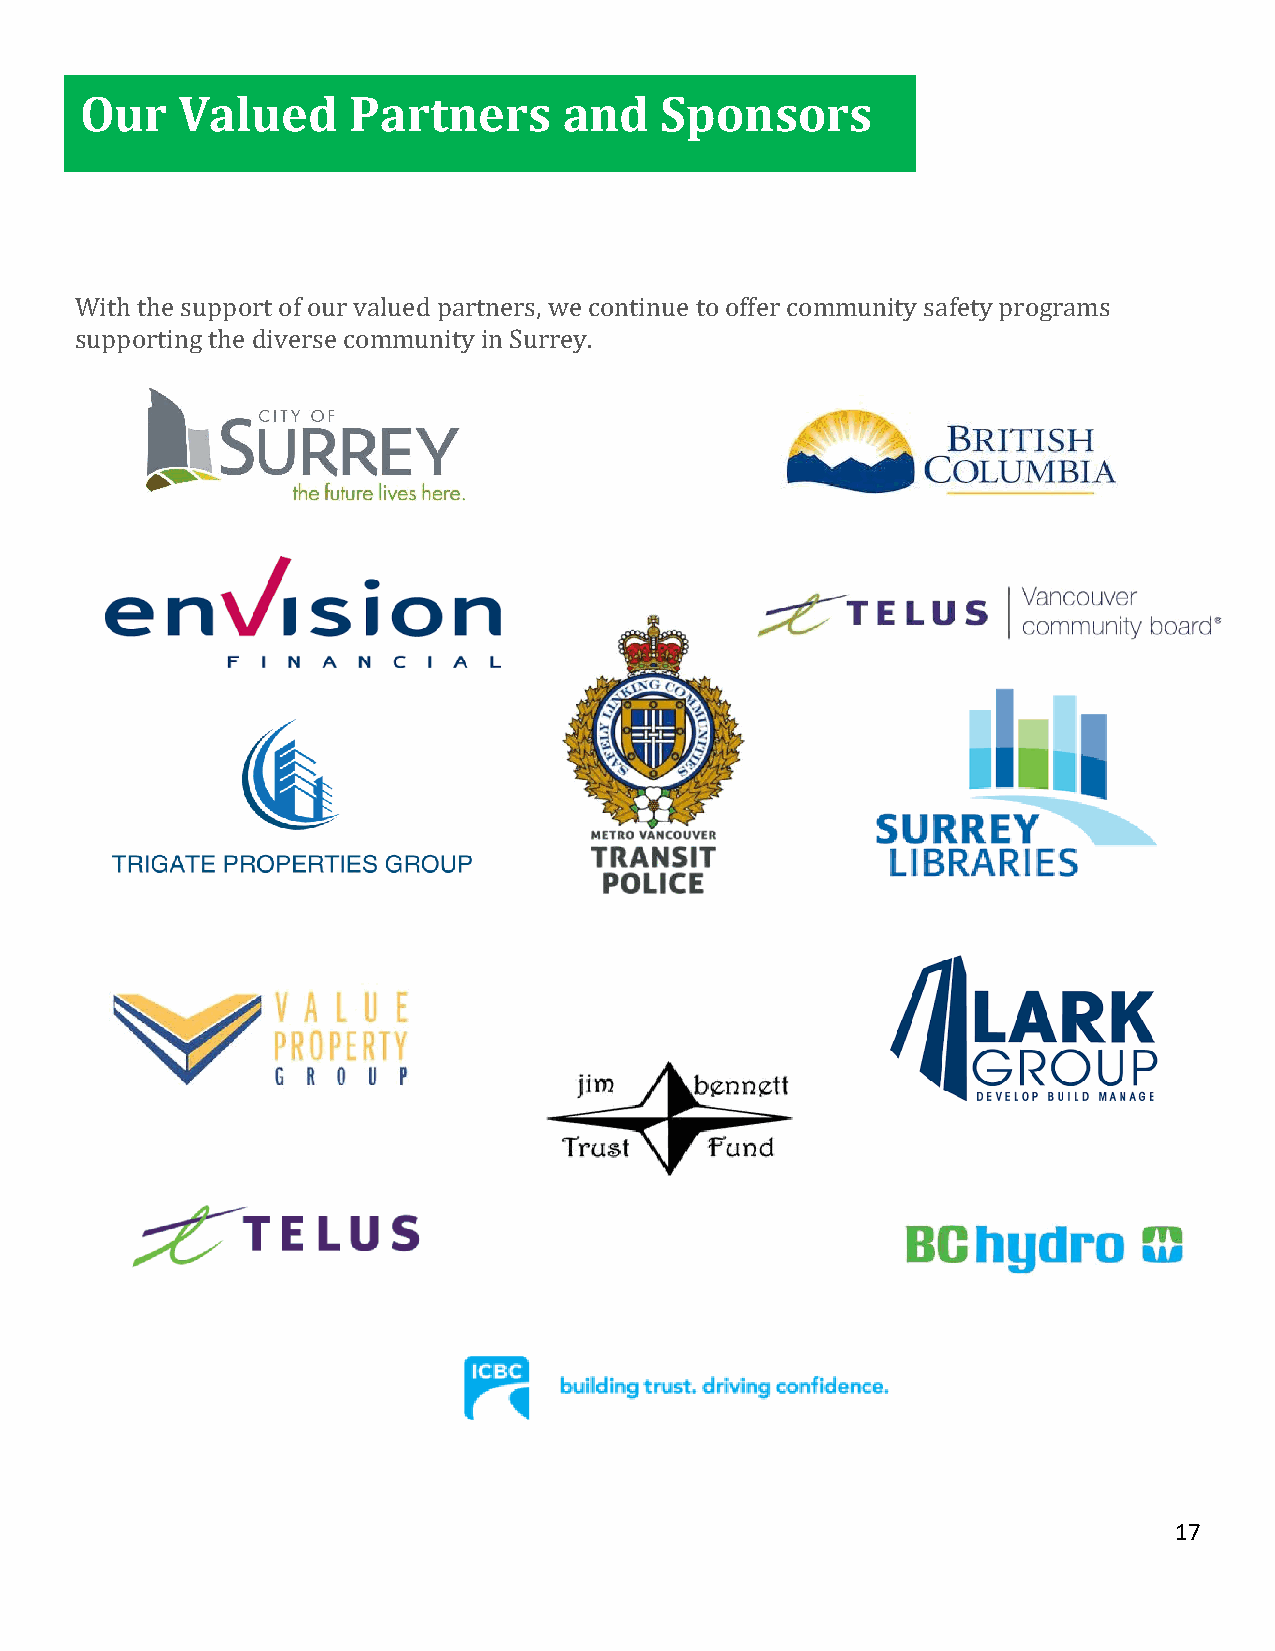
Our    Valued     Partners      and    Sponsors
 With the support of our valued partners, we continue to offer community safety programs
 supporting the diverse community in Surrey.
 17